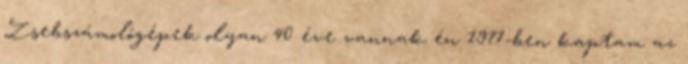
Zsebszámológépek olyan 40 éve vannak én 1977-ben kaptam az